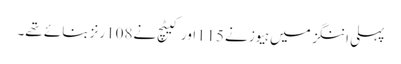
پہلی اننگز میں ہیوز نے115اور کیٹچ نے108رنز بنائے تھے۔